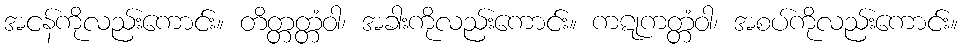
အငန်ကိုလည်းကောင်း။ တိတ္တတ္တံဝါ၊ အခါးကိုလည်းကောင်း။ ကဋုကတ္တံဝါ၊ အစပ်ကိုလည်းကောင်း။